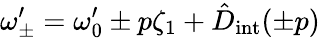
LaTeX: \omega_{\pm}^{\prime}=\omega_{0}^{\prime}\pm p\zeta_{1}+\hat{D}_{\mathrm{int}}(\pm p)